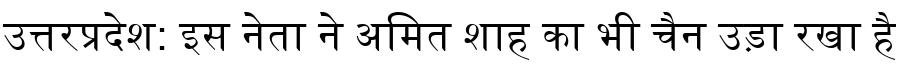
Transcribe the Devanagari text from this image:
उत्तरप्रदेश: इस नेता ने अमित शाह का भी चैन उड़ा रखा है